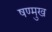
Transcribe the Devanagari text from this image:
षण्मुख